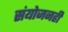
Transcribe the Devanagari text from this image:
संयोजनही